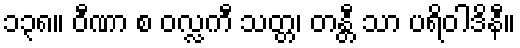
၁၃၈။ ဝီဏာ စ ဝလ္လကီ သတ္တ၊ တန္တီ သာ ပရိဝါဒိနီ။